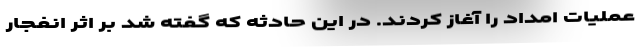
عملیات امداد را آغاز کردند. در این حادثه که گفته شد بر اثر انفجار